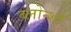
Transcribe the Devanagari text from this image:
ब्लोन्शॉ